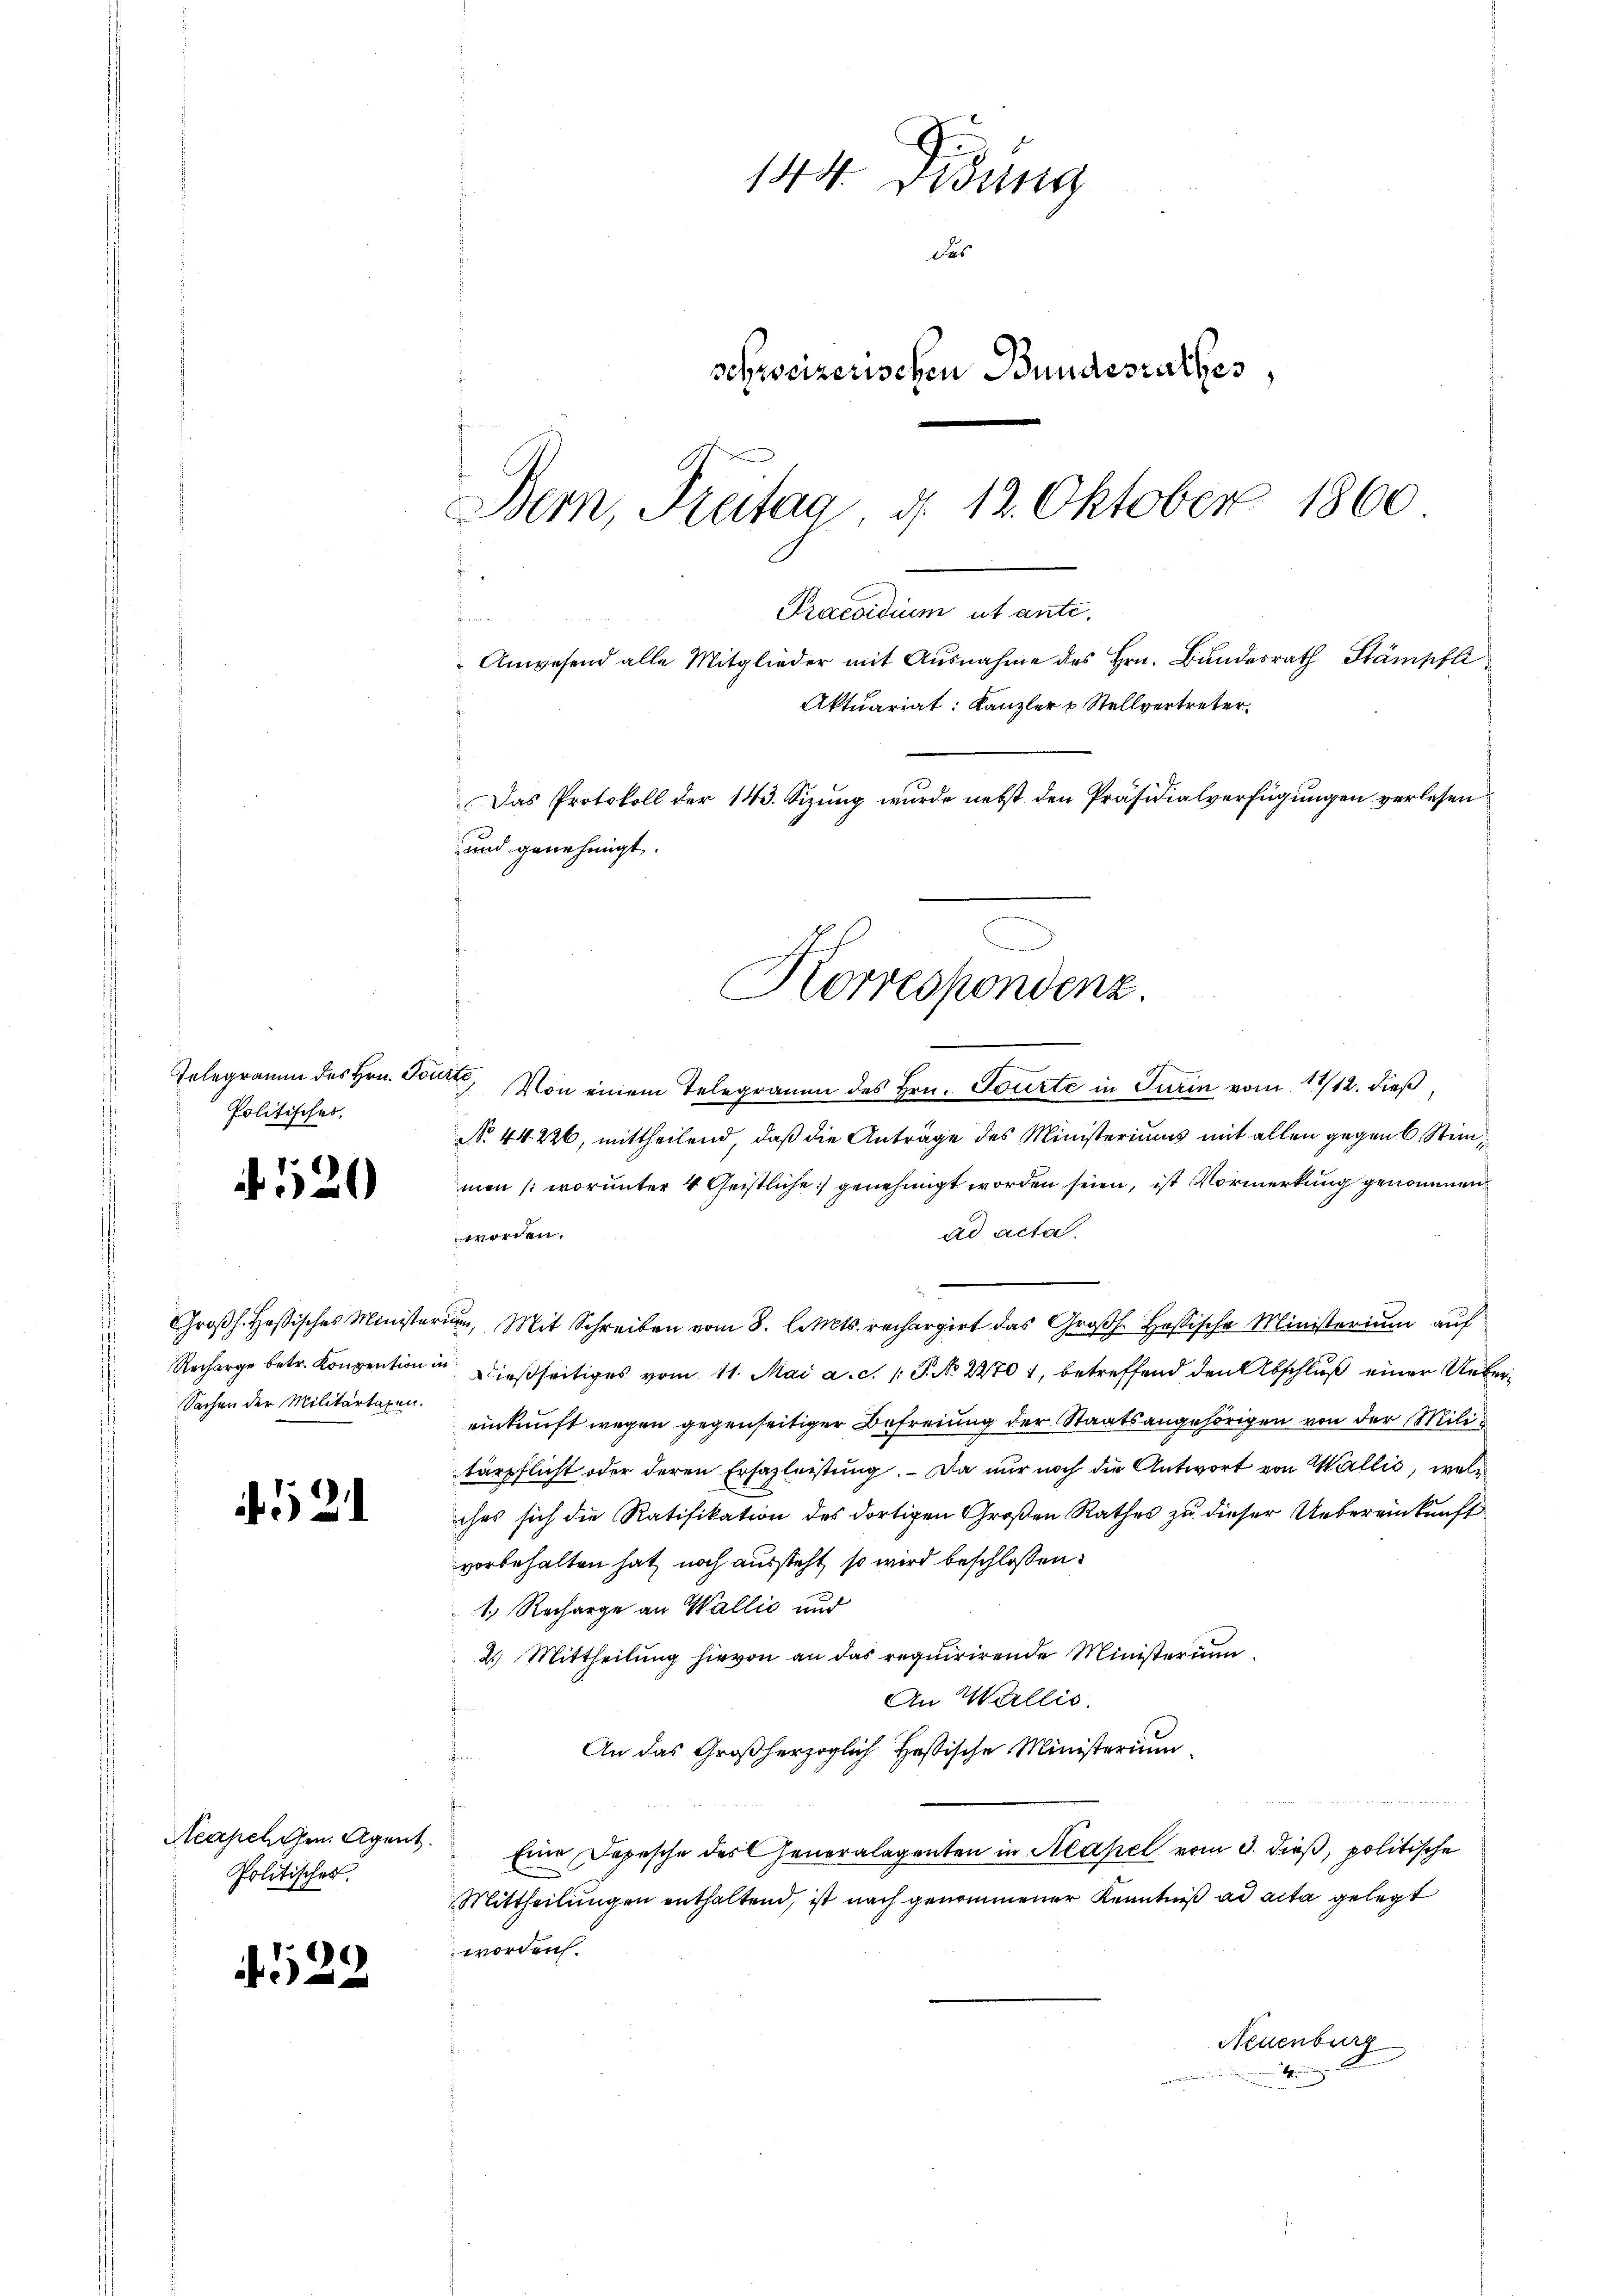
Politisches.

N 520

Sachen der Militartagen.

42

Neapelchen Agent
Politisches.

429

144. Didung
des
schweizerischen Bundesrathes,
Bern, Freitag, d. 12. Oktober 1860

acarium cante.
t
Anwesend alle Mitglieder mit Ausnahme des Hrn. Bundesrath Stämpfli
Aktuariat: Kanzler & Stellvertreter
Das Protokoll der 143. Sizung wurde nebst den Präsidialverfügungen verlesen
und genehmigt.
Korrespondenz.

Telegramm des Hrn. Tour, Von einem Telegramm des Hrn. Tourte in Turin vom 11/12. dieß
No 44. 226, mittheilend, daß die Anträge des Ministeriums mit allen gegen 6 Stimmen (worunter 4 Geistliche genehmigt worden seien, ist Vormerkung genommen
ad acta.
worden.
Großh. Heßisches Ministerium, Mit Schreiben vom 8. l. Mts. rechargirt das Großh. Hassische Ministerium auf
Recharge betr. Konvention in dießseitiges vom 11. Mai a. c. 1 S. No 22704, betreffend den Abschluß einer Uebereinkunft wegen gegenseitiger Befreiung der Staatsangehörigen von der Militärpflicht oder deren Ersazleistung. Da nur noch die Antwort von Wallis, welc
ches sich die Ratifikation des dortigen Großen Rathes zu dieser Uebereinkunft
vorbehalten hat noch aussteht, so wird beschlossen:
1.) Recharge an Wallić und
2.) Mittheilung hievon an das requirirende Ministerium
An Wallis.
An das Großherzoglich Hessische Ministerium
Eine Depesche des Generalagenten in Makel vom 3. dieß, politische
Mittheilungen enthaltend, ist nach genommener Kenntniß ad acta gelegt
worden.
Neuenburg
mungen